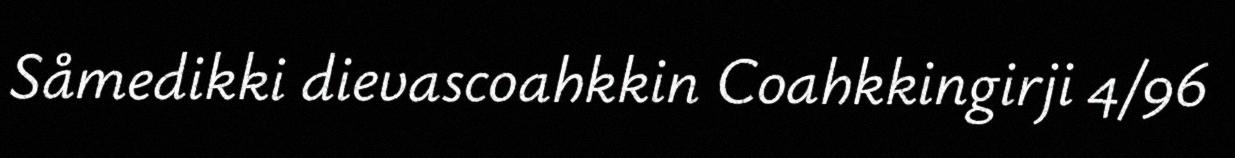
Såmedikki dievascoahkkin Coahkkingirji 4/96